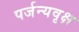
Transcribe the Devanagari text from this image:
पर्जन्यवृक्ष